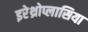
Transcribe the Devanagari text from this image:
इरेथ्रोप्लासिया